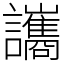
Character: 讗